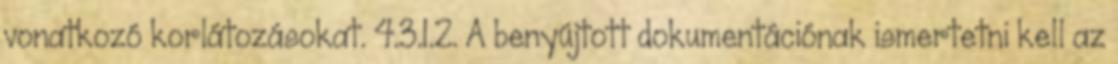
vonatkozó korlátozásokat. 4.3.1.2. A benyújtott dokumentációnak ismertetni kell az